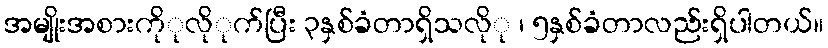
အမျိုးအစားကိုုလိုုက်ပြီး ၃နှစ်ခံတာရှိသလိုု ၊ ၅နှစ်ခံတာလည်းရှိပါတယ်။